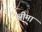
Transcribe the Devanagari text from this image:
श्रीमा